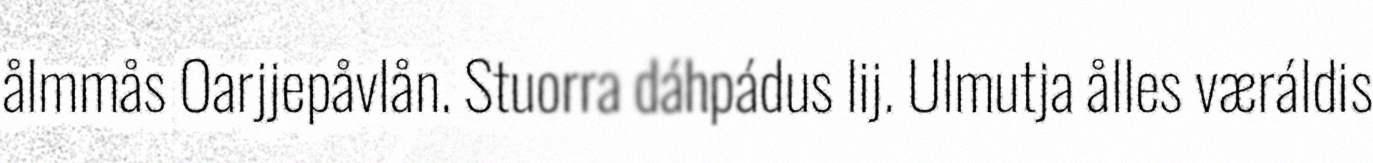
ålmmås Oarjjepåvlån. Stuorra dáhpádus lij. Ulmutja ålles væráldis